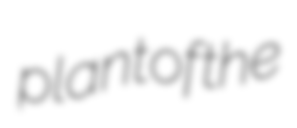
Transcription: plant of the